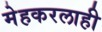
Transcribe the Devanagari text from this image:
मेहकरलाही